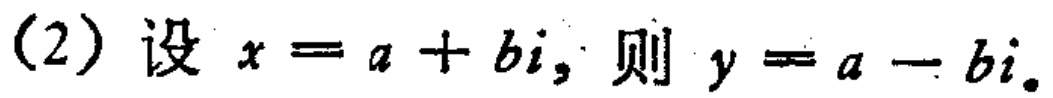
(2) 设 \(x = a + bi\)，则 \(y = a - bi\)。